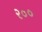
ર૦૦